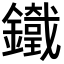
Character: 𨮯